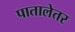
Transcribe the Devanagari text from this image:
पातालेतर